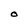
Character: O